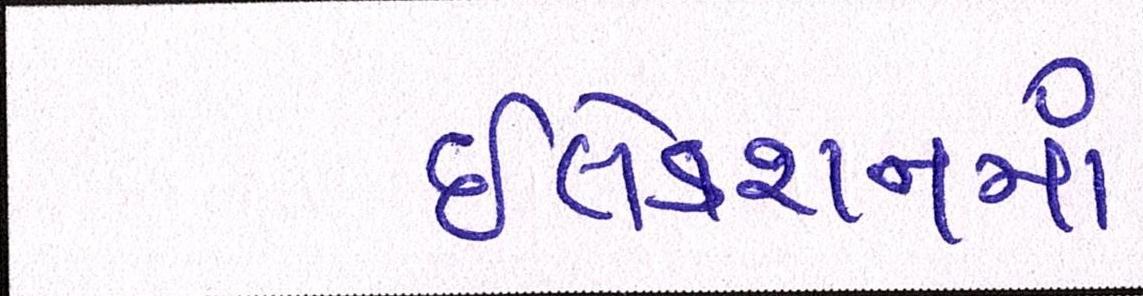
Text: ઇલેક્શનમાં